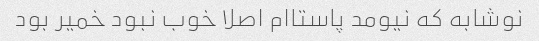
نوشابه که نیومد پاستاام اصلا خوب نبود خمیر بود